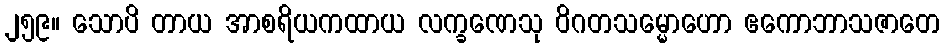
၂၅၉။ သောပိ တာယ အာစရိယကထာယ လက္ခဏေသု ဝိဂတသမ္မောဟော ဧကောဘာသဇာတေ